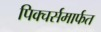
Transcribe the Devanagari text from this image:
पिक्चर्समार्फत